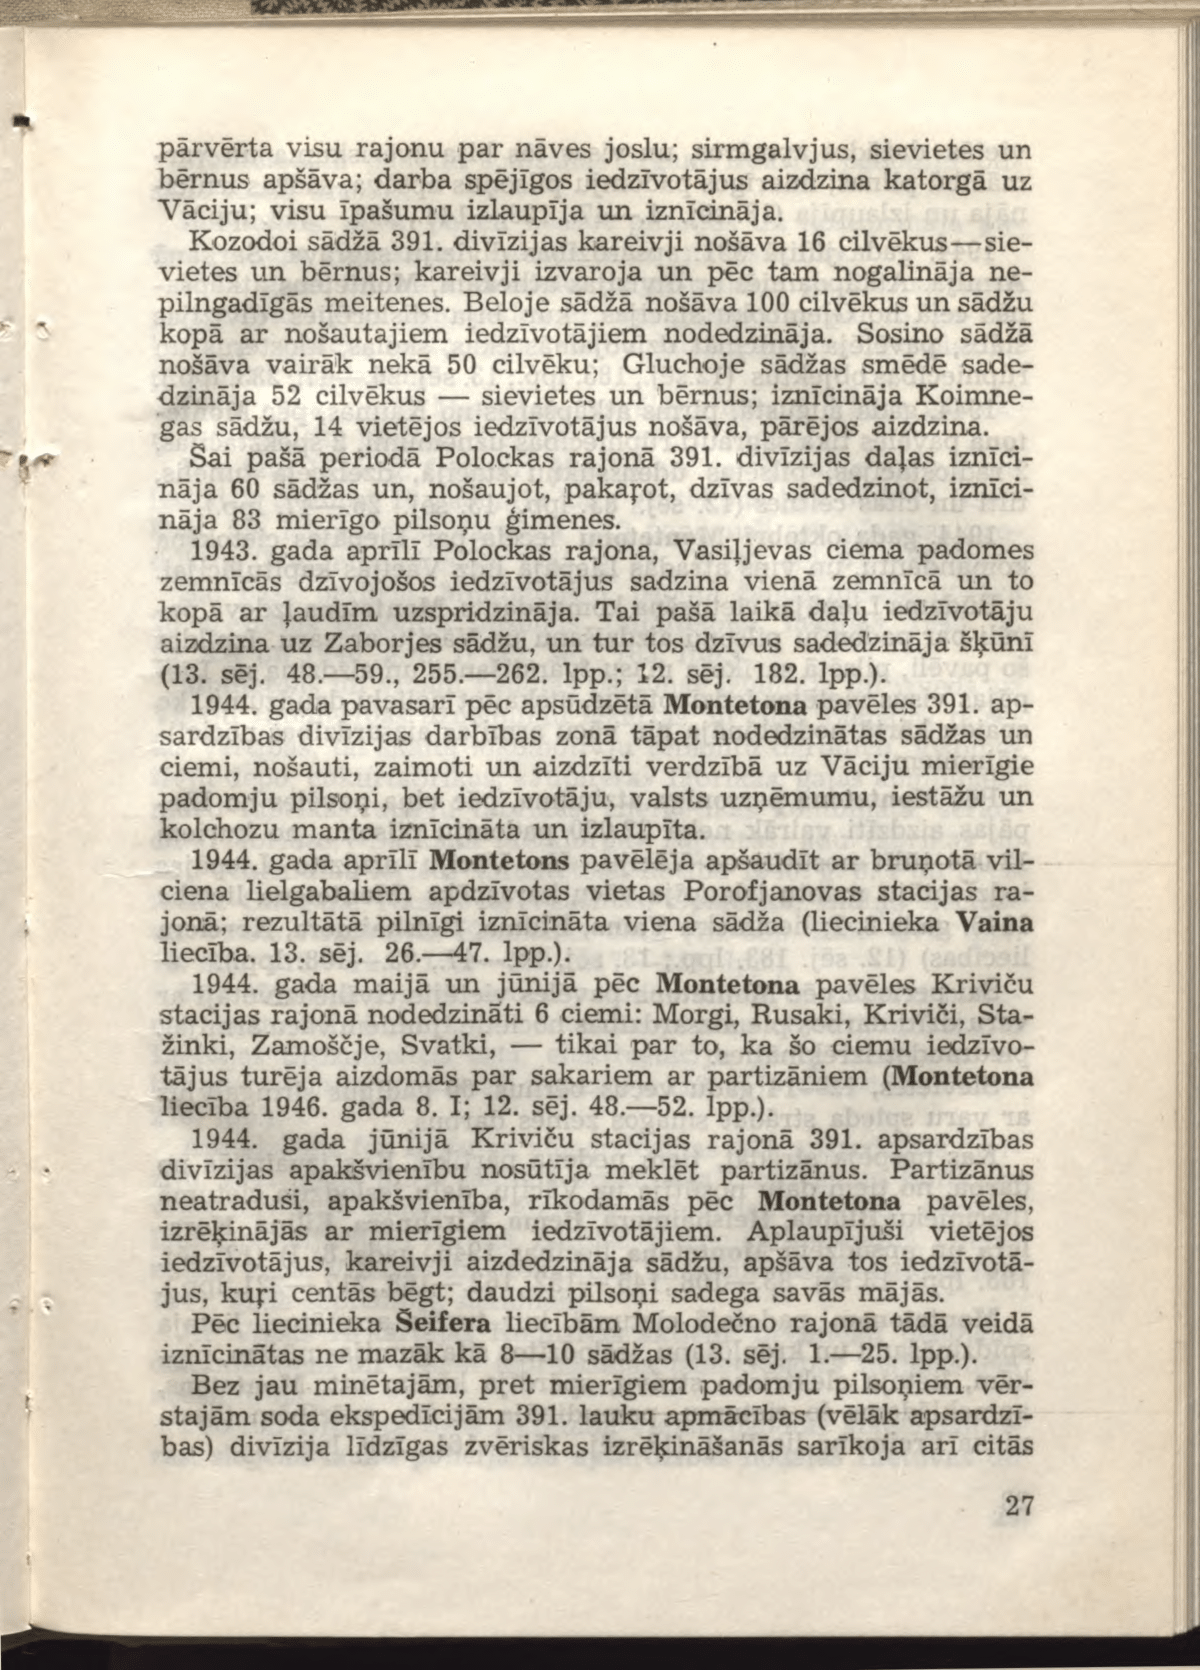
Language: lv